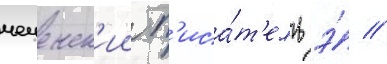
чеченск'ии п'иса́т'ель э́ //